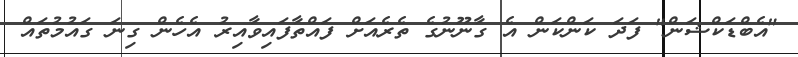
"އެބްޑަކްޝަން" ފަދަ ކަންކަން އެ ގާނޫނުގެ ތެރެއަށް ފައްތާފައިވާއިރު އެހެން ގިނަ ގައުމުތައް